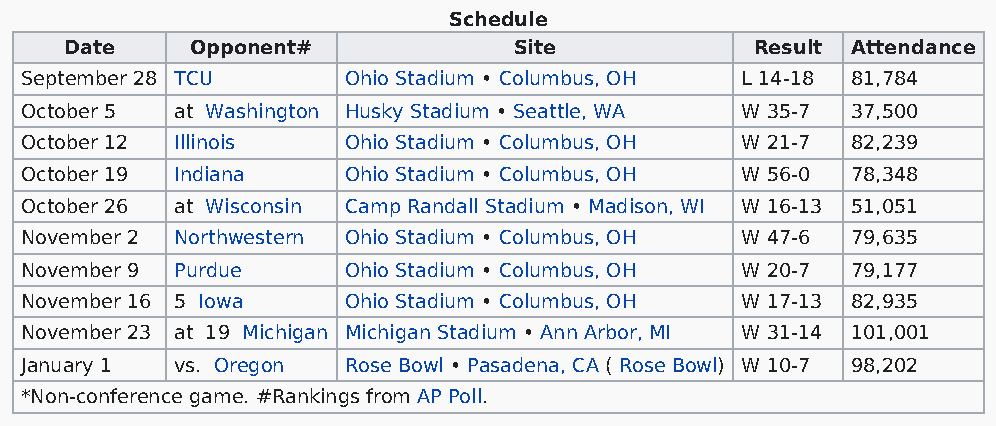
Schedule
 Date     Opponent#            Site            Result Attendance
 September 28 TCU      Ohio Stadium • Columbus, OH L 14-18 81,784
 October 5  at Washington Husky Stadium • Seattle, WA W 35-7 37,500
 October 12 Illinois   Ohio Stadium • Columbus, OH W 21-7 82,239
 October 19 Indiana    Ohio Stadium • Columbus, OH W 56-0 78,348
 October 26 at Wisconsin Camp Randall Stadium • Madison, WI W 16-13 51,051
 November 2 Northwestern Ohio Stadium • Columbus, OH W 47-6 79,635
 November 9 Purdue     Ohio Stadium • Columbus, OH W 20-7 79,177
 November 16 5 Iowa    Ohio Stadium • Columbus, OH W 17-13 82,935
 November 23 at 19 Michigan Michigan Stadium • Ann Arbor, MI W 31-14 101,001
 January 1  vs. Oregon Rose Bowl • Pasadena, CA ( Rose Bowl) W 10-7 98,202
 *Non-conference game. #Rankings from AP Poll.